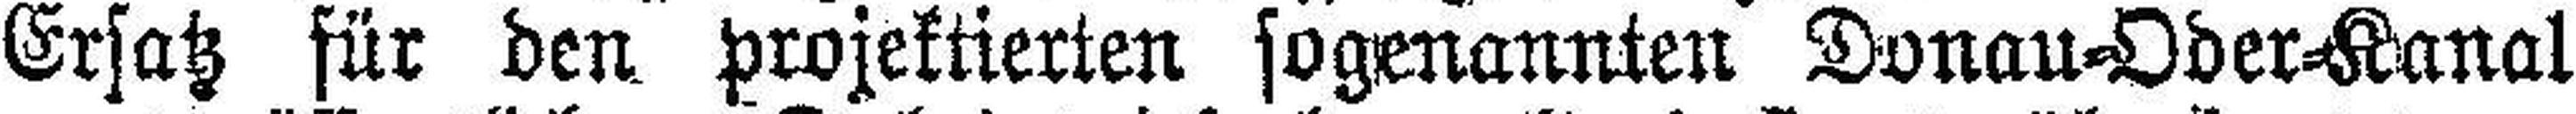
Ersatz für den projektierten sogenannten Donau=Oder=Kanal